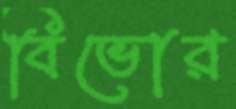
বিভোর